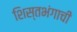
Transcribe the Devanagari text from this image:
शिस्तभंगाची